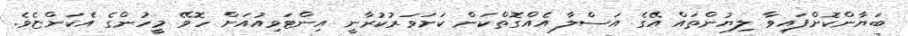
ބަޔާންކޮށްފައިވާ ލިޔުންތައް އޭގެ އަސްލާ އެއްގޮތްކަން ކަށަވަރުކުރާނީ އިންޓަވިއުއަށް ހޮވޭ މީހުންގެ އެކަންޏެވެ.